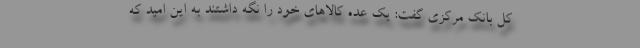
کل بانک مرکزی گفت: یک عده کالاهای خود را نگه داشتند به این امید که